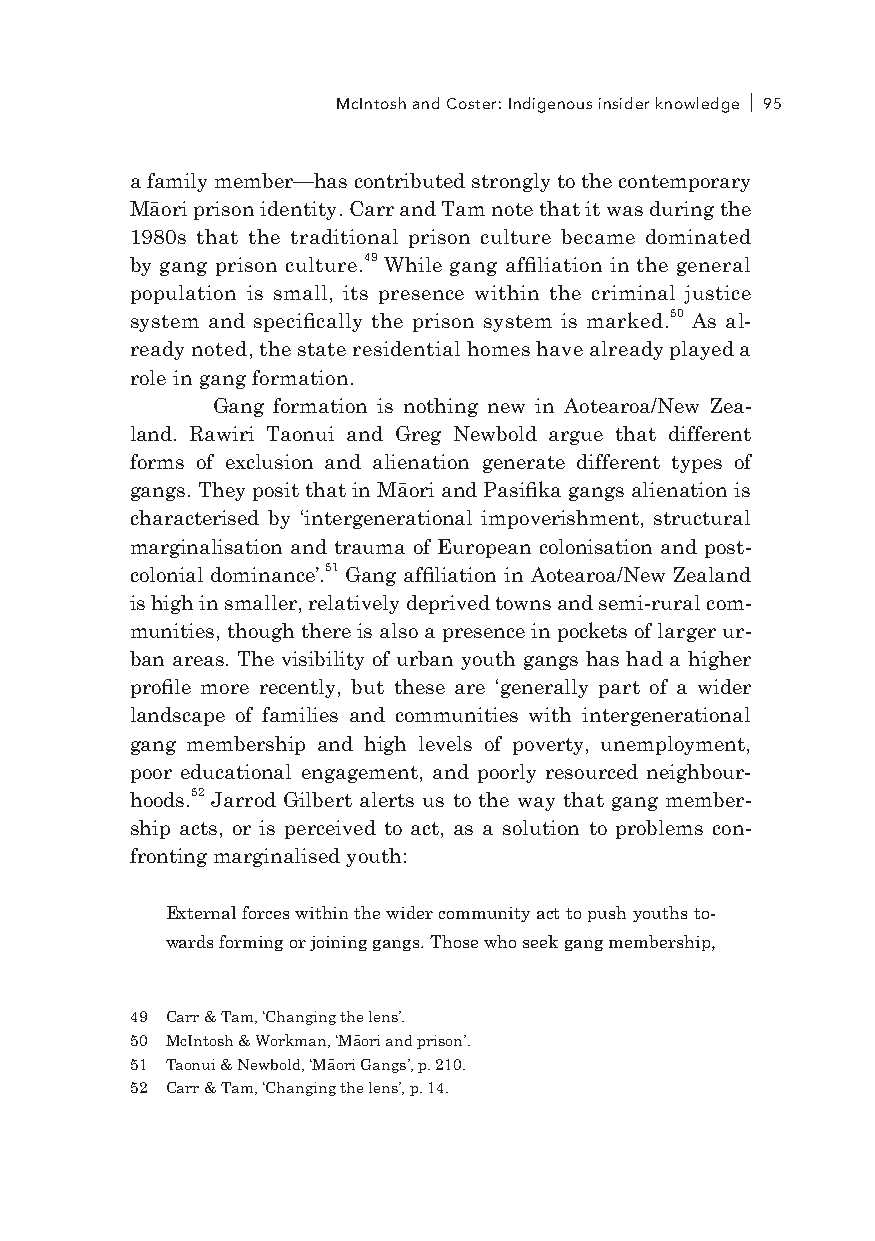
McIntosh and Coster: Indigenous insider knowledge 95
 a family member—has contributed strongly to the contemporary
 Māori prison identity. Carr and Tam note that it was during the
 1980s that the traditional prison culture became dominated
 by gang prison culture.49 While gang affiliation in the general
 population is small, its presence within the criminal justice
 system and specifically the prison system is marked.50 As al-
 ready noted, the state residential homes have already played a
 role in gang formation.
 Gang formation is nothing new in Aotearoa/New Zea-
 land. Rawiri Taonui and Greg Newbold argue that different
 forms of exclusion and alienation generate different types of
 gangs. They posit that in Māori and Pasifika gangs alienation is
 characterised by ‘intergenerational impoverishment, structural
 marginalisation and trauma of European colonisation and post-
 colonial dominance’.51 Gang affiliation in Aotearoa/New Zealand
 is high in smaller, relatively deprived towns and semi-rural com-
 munities, though there is also a presence in pockets of larger ur-
 ban areas. The visibility of urban youth gangs has had a higher
 profile more recently, but these are ‘generally part of a wider
 landscape of families and communities with intergenerational
 gang membership and high levels of poverty, unemployment,
 poor educational engagement, and poorly resourced neighbour-
 hoods.52 Jarrod Gilbert alerts us to the way that gang member-
 ship acts, or is perceived to act, as a solution to problems con-
 fronting marginalised youth:
 External forces within the wider community act to push youths to-
 wards forming or joining gangs. Those who seek gang membership,
 49 Carr & Tam, ‘Changing the lens’.
 50 McIntosh & Workman, ‘Māori and prison’.
 51 Taonui & Newbold, ‘Māori Gangs’, p. 210.
 52 Carr & Tam, ‘Changing the lens’, p. 14.